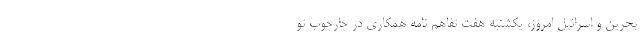
بحرین و اسرائیل امروز،‌ یکشنبه هفت تفاهم نامه همکاری در چارچوب تو